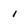
Character: i